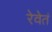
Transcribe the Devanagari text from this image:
रेवेतं